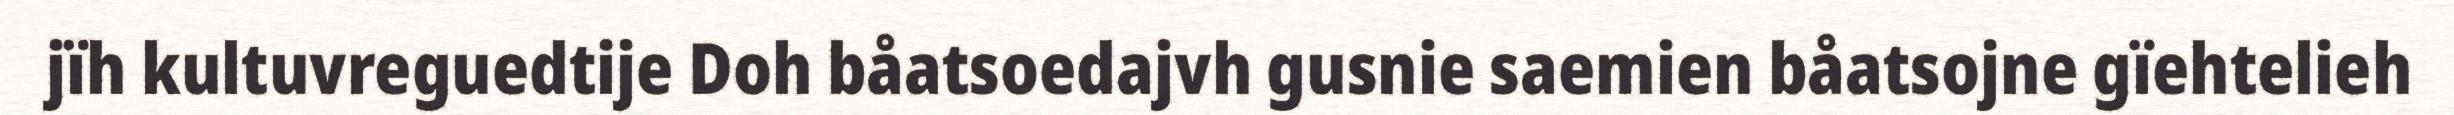
jïh kultuvreguedtije Doh båatsoedajvh gusnie saemien båatsojne gïehtelieh